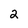
Character: 2